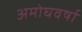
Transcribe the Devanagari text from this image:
अमोघवर्षा